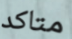
متاكد